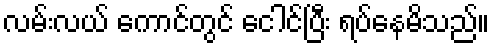
လမ်းလယ် ကောင်တွင် ငေါင်ပြီး ရပ်နေမိသည်။